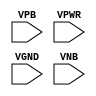
module sky130_fd_sc_ls__decaphe (
    //# {{power|Power}}
    input VPB ,
    input VPWR,
    input VGND,
    input VNB
);
endmodule